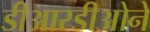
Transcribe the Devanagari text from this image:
डीआरडीओने